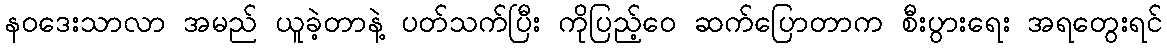
နဝဒေးသာလာ အမည် ယူခဲ့တာနဲ့ ပတ်သက်ပြီး ကိုပြည့်ဝေ ဆက်ပြောတာက စီးပွားရေး အရတွေးရင်